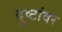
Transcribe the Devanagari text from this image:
दुष्टांवर